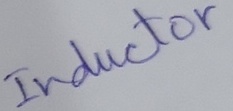
Text: Inductor